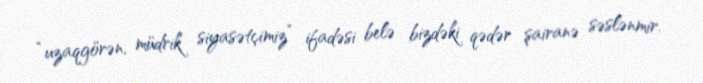
“uzaqgörən, müdrik siyasətçimiz” ifadəsi belə bizdəki qədər şairanə səslənmir.